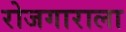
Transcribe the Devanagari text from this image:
रोजगाराला